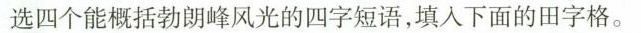
选四个能概括勃朗峰风光的四字短语，填入下面的田字格。